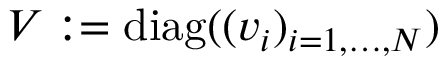
V : = \mathrm { d i a g } ( ( v _ { i } ) _ { i = 1 , \dots , N } )